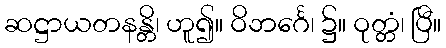
ဆဋ္ဌာယတနန္တိ၊ ဟူ၍။ ဝိဘင်္ဂေ၊ ၌။ ဝုတ္တံ၊ ပြီ။